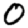
Digit: 0